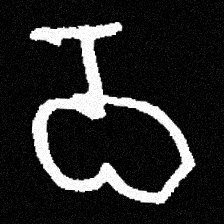
Pyu character \u2014 Myanmar letter: ဝ (romanized: wa)